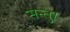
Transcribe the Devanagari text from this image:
सन्तु।